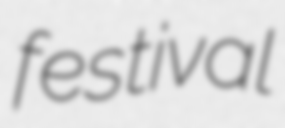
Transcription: festival